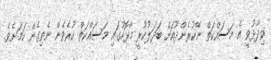
ވިދާޅުވީ އެ މަސައްކަތް ނޭކުރެންދޫއަށް ބަދަލުކުރީ މާޅޮހުގައި މަސައްކަތް ކުރެވެން ނެތިގެން ކަމަށެވެ.